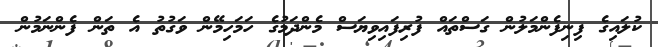
ކުލައިގެ ފިނިފެންމަލުން ގަސްތައް ފުރިފައިވިޔަސް މެންދަމުގެ ހަމަހިމޭން ވަގުތު އެ ތަން ފެންނަމުން